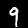
Digit: 9